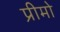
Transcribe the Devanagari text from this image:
प्रीमो